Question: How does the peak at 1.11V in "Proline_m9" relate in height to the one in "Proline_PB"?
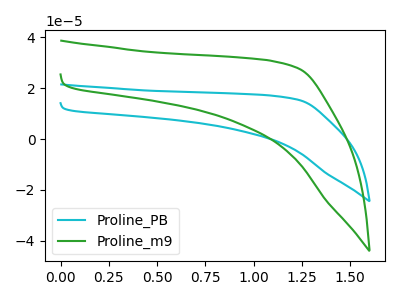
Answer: <think>The cyan curve "Proline_PB" has no peaks. The green curve "Proline_m9" has no peaks.</think>
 <answer>"Proline_m9" and "Proline_PB" dont share a peak at 1.11V.</answer>
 <eval>mismatch</eval>